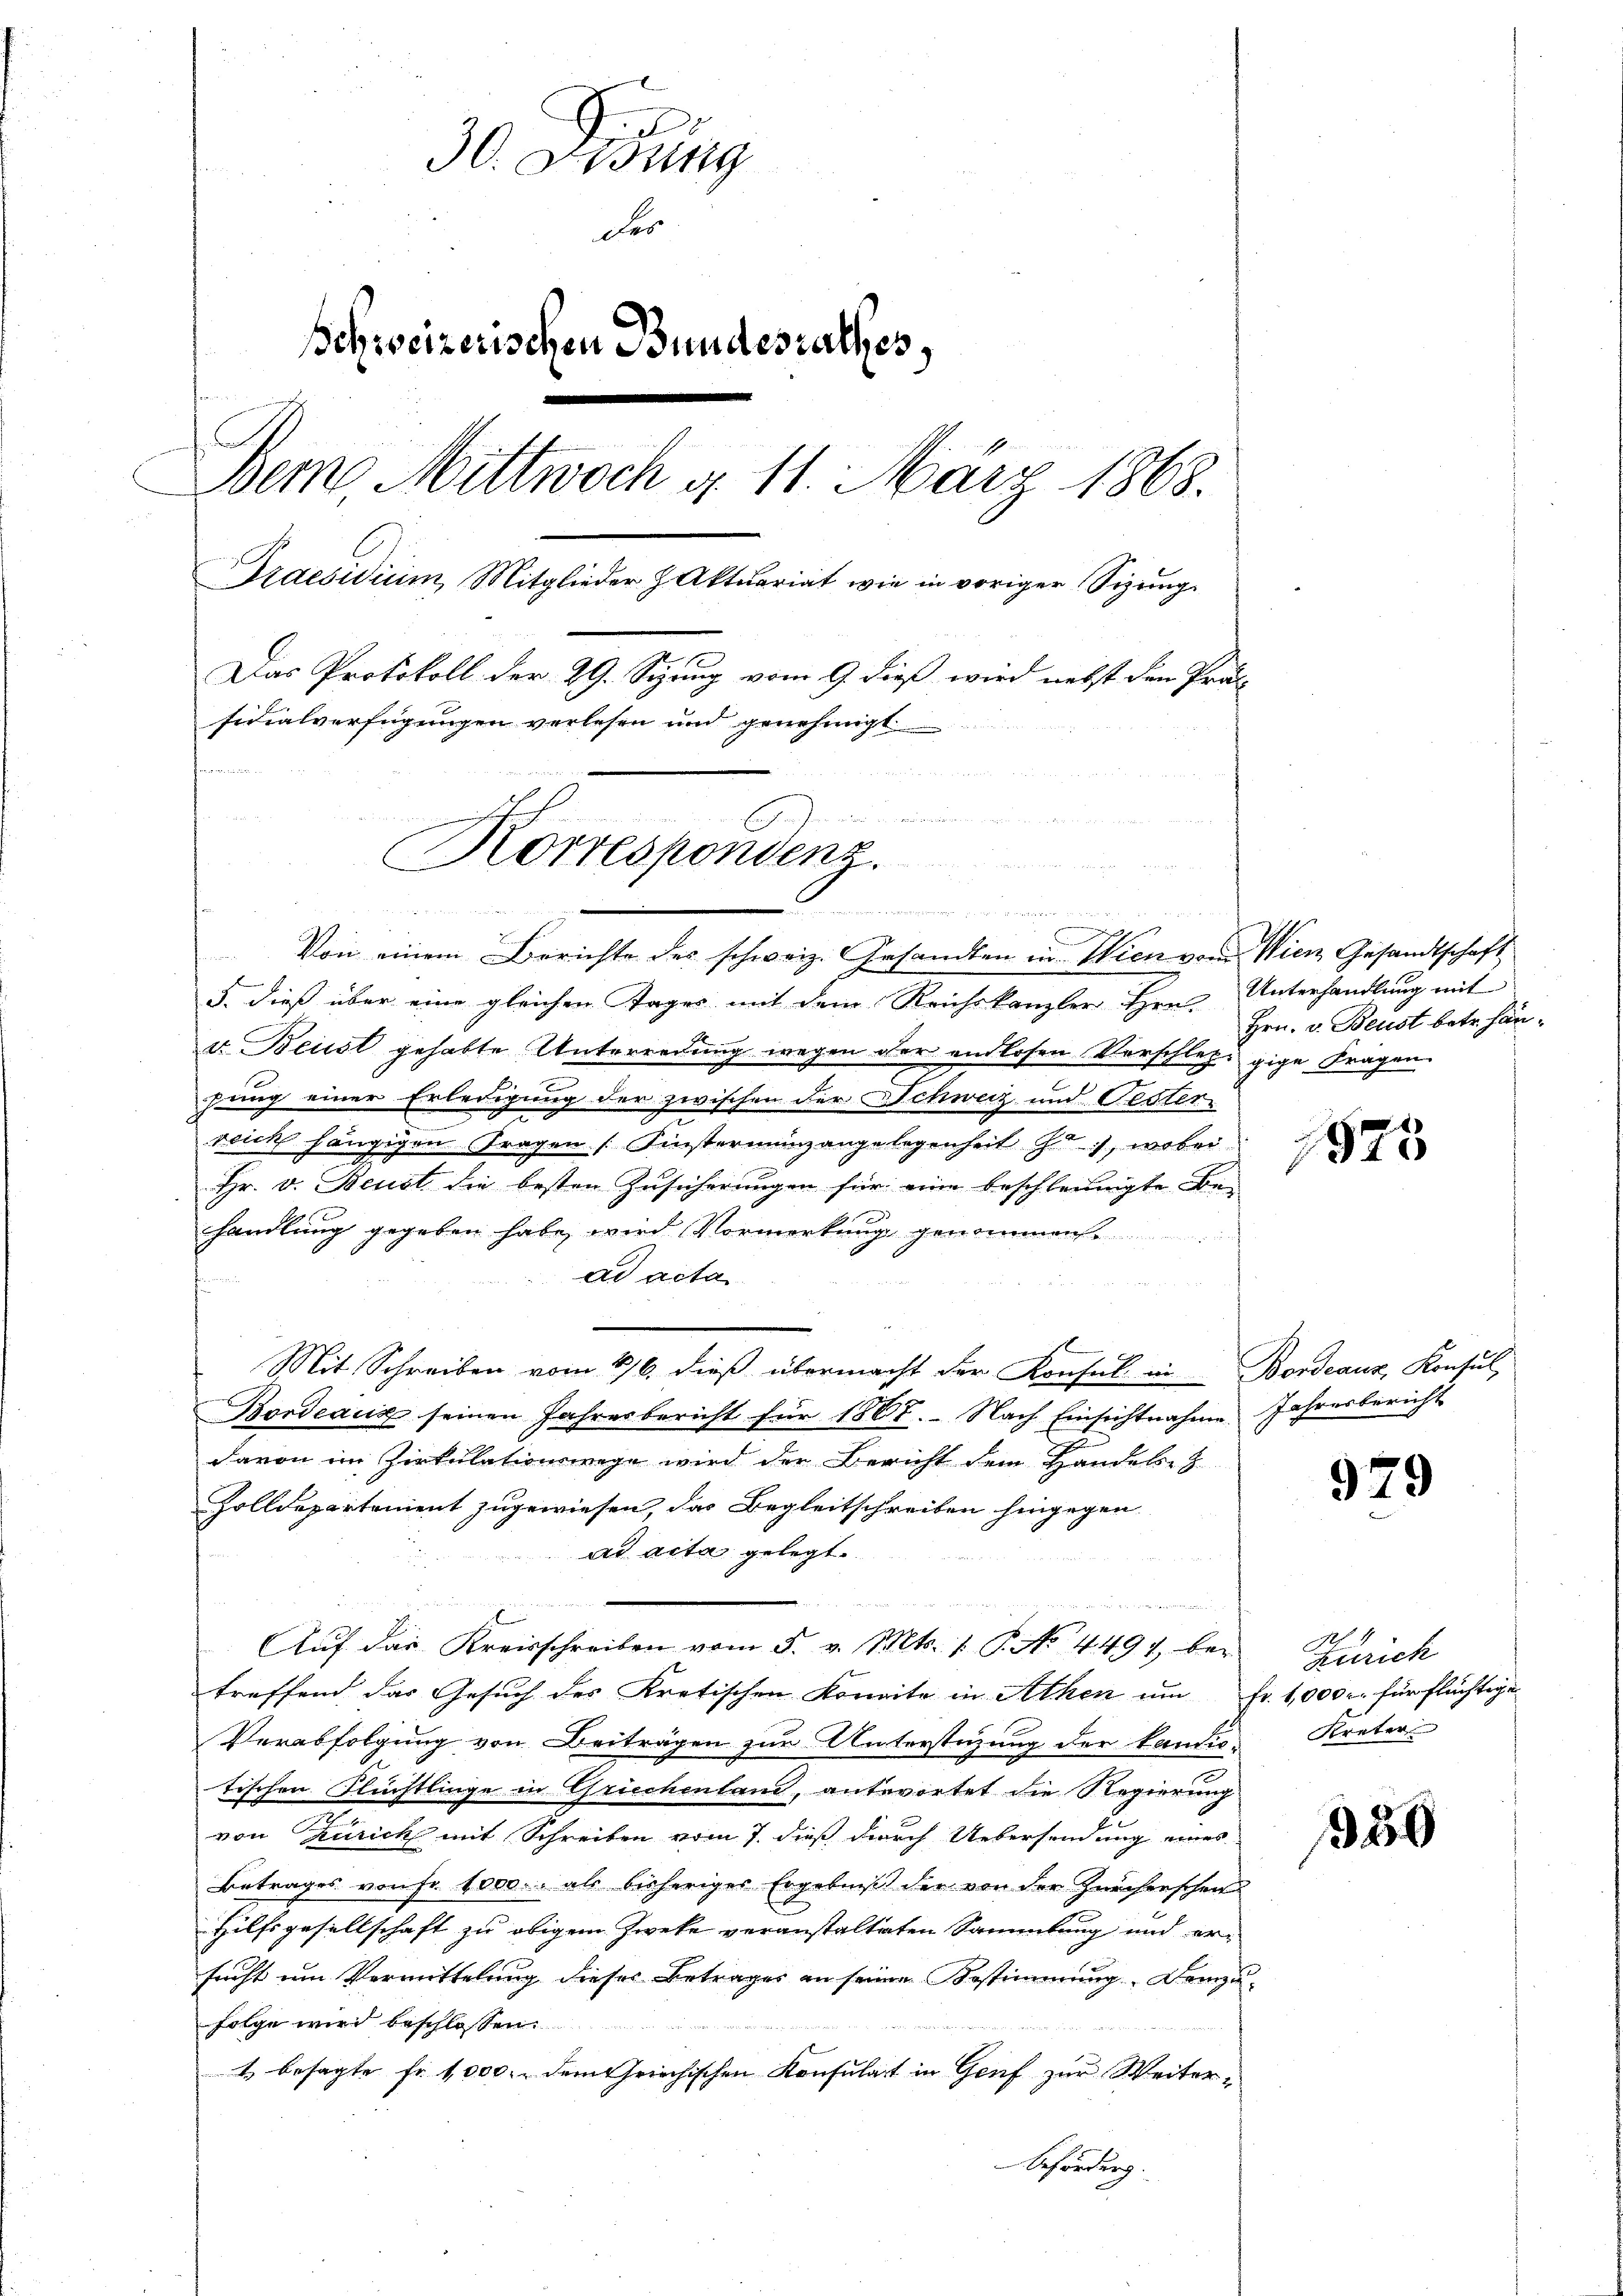
30. Disung
Fer
Schreizerischen Bundesrathes
Bem Mittwoch d. 11. März 1868.
Praesidium, Mitglieder & Aktuariat wie in voriger Sizung
Das Protokoll der 29. Sizung vom 9. dieß wird nebst den Präs
fidialverfügungen verlesen und genehmigt

u

Korrespondenz.
 B

e
u
C
Von einem Berichte des schweiz. Gesandten in Wien vom Wien Gesandtschaft
5. dieß über eine gleichen Tages mit dem Reichskanzler Hrn. Unterhandlung mit
v. Beist gehabte Unterredung wegen der endlosen Vorschlege gige Fragen
hung einer Erledigung der zwischen der Schweiz und Fester-
e
reich hängigen Fragen Instermingangelegenheit , wobei
Hr. v. Beust die besten Zusicherungen für eine beschleunigte Be-
handlung gegeben habe wird Vormerkŭng genommen
ad acta
Mit Schreiben vom 16. dieß übermacht der Konsul in Bordeaux, Konsul
Bordeaus seinen Jahresbericht für 1807. Nach Einsichtnahme Jahresbericht
davon im Zirkulationswege wird der Bericht dem Handels z
Zolldepartement zugewiesen, das Begleitschreiben hingegen
ad acta gelegt.
Aŭf das Kreisschreiben vom 5. v. Mts. 1. P. No. 4497 bei
treffend das Gesuch des Kretischen Konvite in Athen um Fr. 1,000. für flüchtige
Verabfolgung von Beiträgen zur Unterstüzung der kandio-
tischen Flüchtlinge in Griechenland, antwortet die Regierung
von Zürich mit Schreiben vom 7. dieß durch Uebersendung eines
Betrages von Fr. 1000. als bisheriges Ergebniß der von der Zürchenschei
Hilfsgesellschaft zu obigem Zweke veranstalteten Sammlung und er-
sucht um Vermittelung dieses Betrages an seine Bestimmung. Demzu-
folge wird beschlossen:
4 besagte Fr. 1000. dem Griechischen Konsulat in Genf zur Weiter¬
Schörden.

Hrn. v. Beust betr. Hän¬

1873

979

1
Zürich
Kreter

350